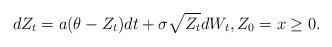
LaTeX: \begin{align*} dZ_{t}=a(\theta-Z_{t})dt +\sigma \sqrt{Z_{t}}dW_{t}, Z_0=x\geq 0. \end{align*}